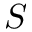
S